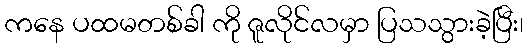
ကနေ ပထမတစ်ခါ ကို ဇူလိုင်လမှာ ပြသသွားခဲ့ပြီး၊